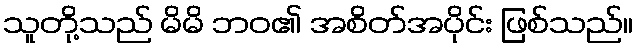
သူတို့သည် မိမိ ဘဝ၏ အစိတ်အပိုင်း ဖြစ်သည်။